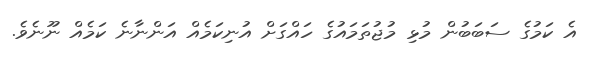
އެ ކަމުގެ ސަބަބުން މުޅި މުޖުތަމައުގެ ހައްގަށް އުނިކަމެއް އަންނާނެ ކަމެއް ނޫނެވެ.